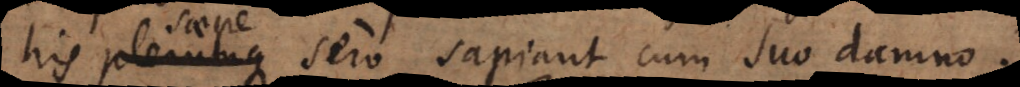
his plerumque sero sapiant cum suo damno.